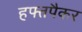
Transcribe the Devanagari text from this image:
हफ्तपैकर